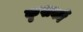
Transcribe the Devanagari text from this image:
कृशकों